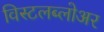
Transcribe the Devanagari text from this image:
विस्टलब्लोअर